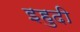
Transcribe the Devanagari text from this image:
इहुदी